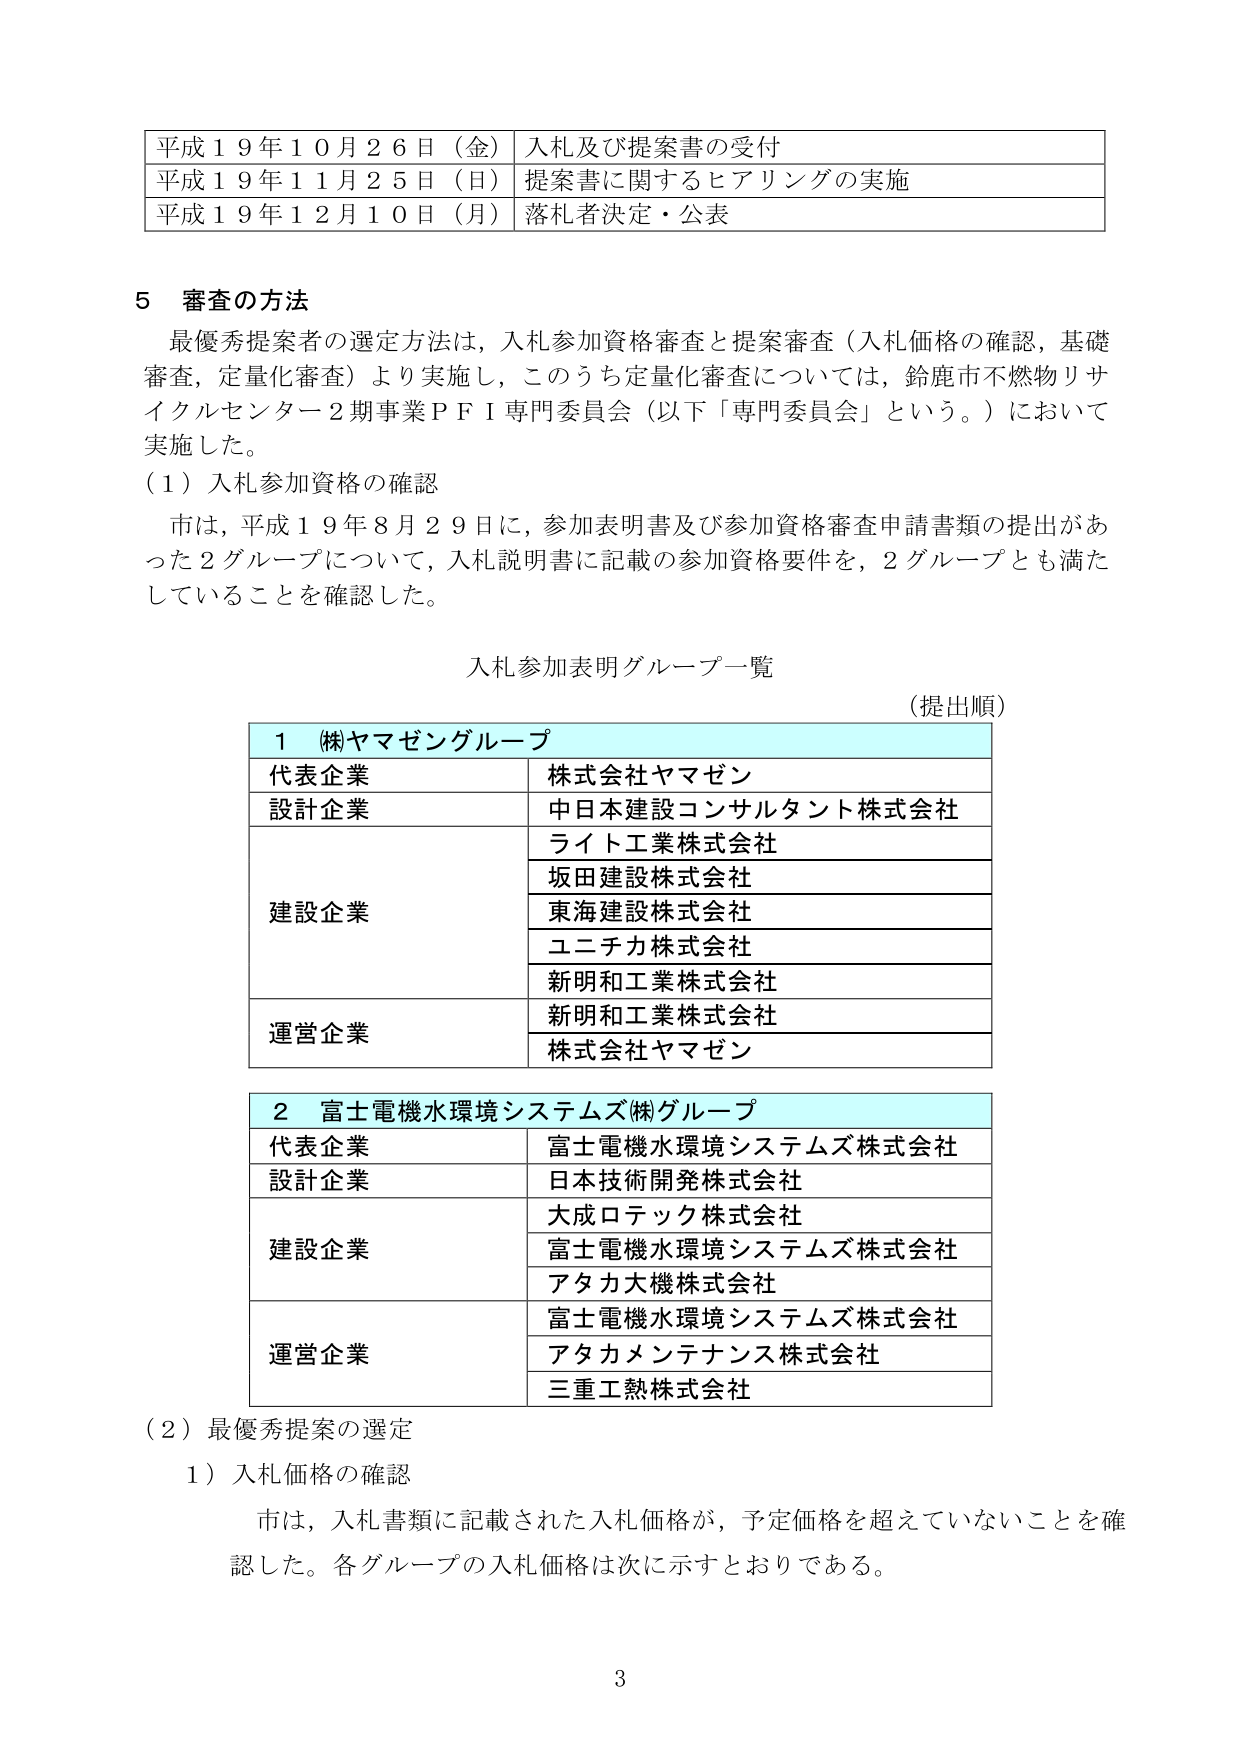
平成１９年１０月２６日（金） 入札及び提案書の受付
平成１９年１１月２５日（日） 提案書に関するヒアリングの実施
平成１９年１２月１０日（月） 落札者決定・公表

５ 審査の方法
最優秀提案者の選定方法は、入札参加資格審査と提案審査（入札価格の確認、基礎審査、定量化審査）より実施し、このうち定量化審査については、鈴鹿市不燃物リサイクルセンター２期事業ＰＦＩ専門委員会（以下「専門委員会」という。）において実施した。

（１）入札参加資格の確認
市は、平成１９年８月２９日に、参加表明書及び参加資格審査申請書類の提出があった２グループについて、入札説明書に記載の参加資格要件を、２グループとも満たしていることを確認した。

入札参加表明グループ一覧
（提出順）

１ （株）ヤマゼングループ
代表企業 株式会社ヤマゼン
設計企業 中日本建設コンサルタント株式会社
建設企業 ライト工業株式会社
坂田建設株式会社
東海建設株式会社
ユニチカ株式会社
新明和工業株式会社
運営企業 新明和工業株式会社
株式会社ヤマゼン

２ 富士電機水環境システムズ（株）グループ
代表企業 富士電機水環境システムズ株式会社
設計企業 日本技術開発株式会社
建設企業 大成ロテック株式会社
富士電機水環境システムズ株式会社
アタカ大機株式会社
運営企業 富士電機水環境システムズ株式会社
アタカメンテナンス株式会社
三重工熱株式会社

（２）最優秀提案の選定
１）入札価格の確認
市は、入札書類に記載された入札価格が、予定価格を超えていないことを確認した。各グループの入札価格は次に示すとおりである。

3